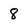
Character: 8